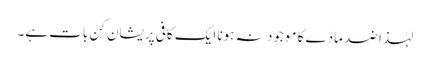
لہٰذا ضد مادّے کا موجود نہ ہونا ایک کافی پریشان کن بات ہے۔